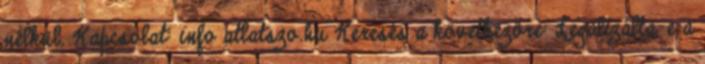
nélkül. Kapcsolat: info atlatszo.hu Keresés a következőre: Legalizálta-e a